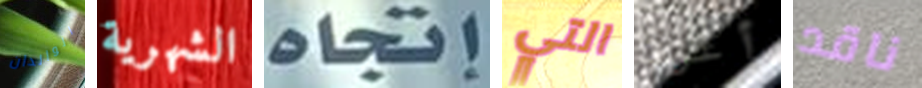
الوالدان الشهرية إتجاه التي أعرف ناقد